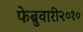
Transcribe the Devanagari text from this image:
फेब्रुवारी२०१०